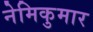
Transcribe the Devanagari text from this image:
नेमिकुमार